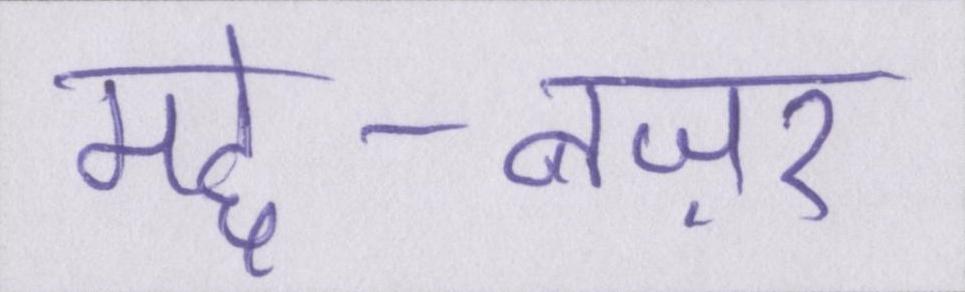
मद्दे-नज़र